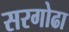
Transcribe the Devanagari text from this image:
सरगोढा